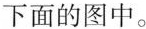
下面的图中。